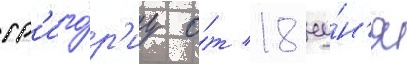
гр'иго́р'иу о́т 18 иу́н'я